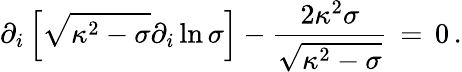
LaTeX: \partial_{i}\left[\sqrt{\kappa^{2}-\sigma}\partial_{i}\ln{\sigma}\right]-{\frac{2\kappa^{2}\sigma}{\sqrt{\kappa^{2}-\sigma}}}\, =\, 0\, .